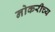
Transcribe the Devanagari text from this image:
नोकरीच्य